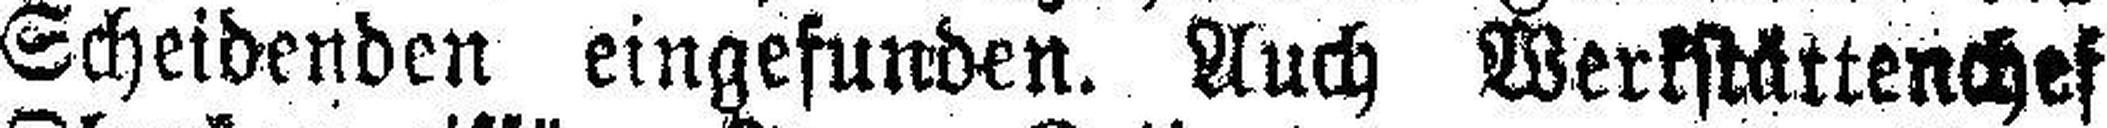
Scheidenden eingefunden. Auch Werkstättenchef